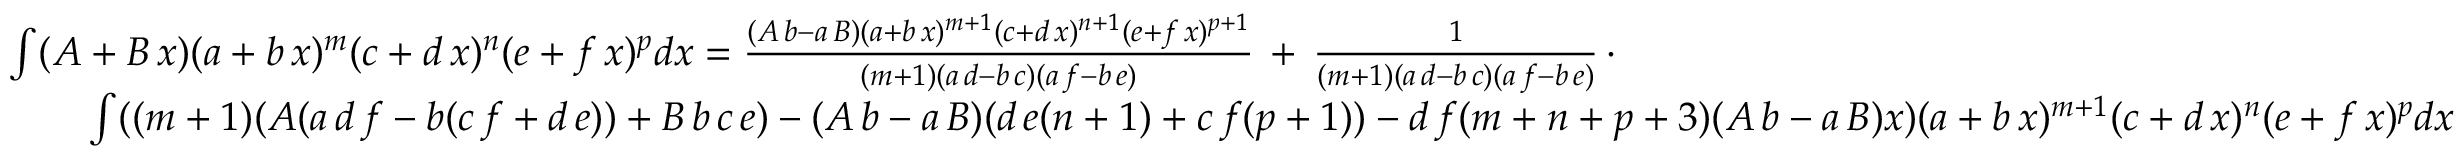
{ \begin{array} { r l } & { \int ( A + B \, x ) ( a + b \, x ) ^ { m } ( c + d \, x ) ^ { n } ( e + f \, x ) ^ { p } d x = { \frac { ( A \, b - a \, B ) ( a + b \, x ) ^ { m + 1 } ( c + d \, x ) ^ { n + 1 } ( e + f \, x ) ^ { p + 1 } } { ( m + 1 ) ( a \, d - b \, c ) ( a \, f - b \, e ) } } \, + \, { \frac { 1 } { ( m + 1 ) ( a \, d - b \, c ) ( a \, f - b \, e ) } } \, \cdot } \\ & { \qquad \int ( ( m + 1 ) ( A ( a \, d \, f - b ( c \, f + d \, e ) ) + B \, b \, c \, e ) - ( A \, b - a \, B ) ( d \, e ( n + 1 ) + c \, f ( p + 1 ) ) - d \, f ( m + n + p + 3 ) ( A \, b - a \, B ) x ) ( a + b \, x ) ^ { m + 1 } ( c + d \, x ) ^ { n } ( e + f \, x ) ^ { p } d x } \end{array} }